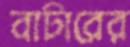
বাটারের